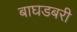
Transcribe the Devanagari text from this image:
बाघडबरी